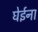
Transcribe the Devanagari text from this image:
घेईना